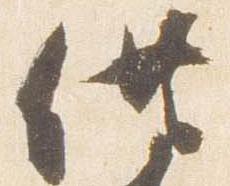
供